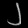
Digit: ၂